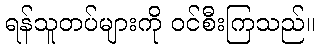
ရန်သူတပ်များကို ဝင်စီးကြသည်။